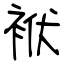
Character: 袱